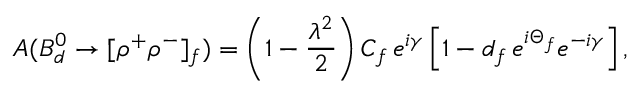
A ( B _ { d } ^ { 0 } \to [ \rho ^ { + } \rho ^ { - } ] _ { f } ) = \left( 1 - \frac { \lambda ^ { 2 } } { 2 } \right) { \cal C } _ { f } \, e ^ { i \gamma } \left[ 1 - d _ { f } \, e ^ { i \Theta _ { f } } e ^ { - i \gamma } \right] ,